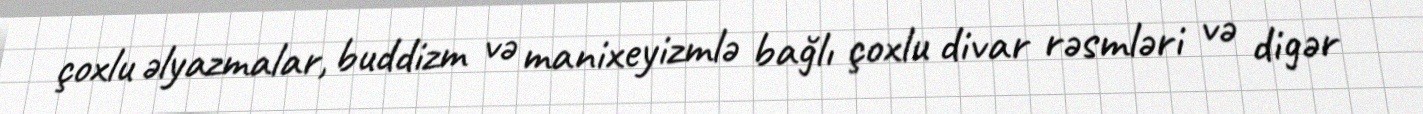
çoxlu əlyazmalar, buddizm və manixeyizmlə bağlı çoxlu divar rəsmləri və digər